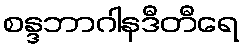
စန္ဒဘာဂါနဒီတီရေ